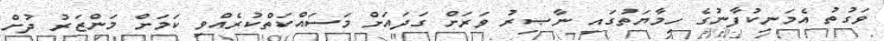
ވަގުތު އެމަނިކުފާނުގެ ހިމާޔަތުގައި ނާޞިރު ވަރަށް ގަދައަށް މަސައްކަތްކުރެއްވި ކަމަށް މަންޒަރު ދުށް